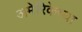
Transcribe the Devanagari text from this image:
अमेरिकेच्या